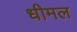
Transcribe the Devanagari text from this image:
धीमल